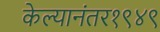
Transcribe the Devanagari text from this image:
केल्यानंतर१९४९